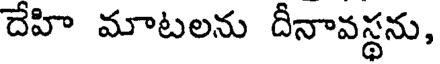
దేహి మాటలను దీనావస్థను,